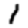
Digit: 1